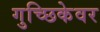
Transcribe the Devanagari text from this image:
गुच्छिकेवर